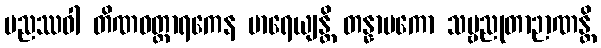
မညဿဝါ တိဏဝတ္ထာရကေန မာရေယျန္တိ တန္နာမကော သဗ္ဗညုတာဉာဏန္တိ